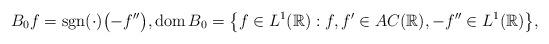
LaTeX: \begin{align*}B_0f=\operatorname{sgn}(\cdot)\bigl(-f''\bigr),\operatorname{dom} B_0=\bigl\{f\in L^1(\mathbb R): f,f'\in AC(\mathbb R), -f''\in L^1(\mathbb R)\bigr\},\end{align*}